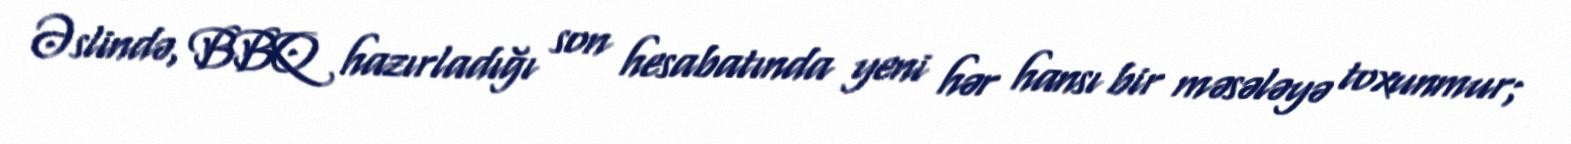
Əslində, BBQ hazırladığı son hesabatında yeni hər hansı bir məsələyə toxunmur;